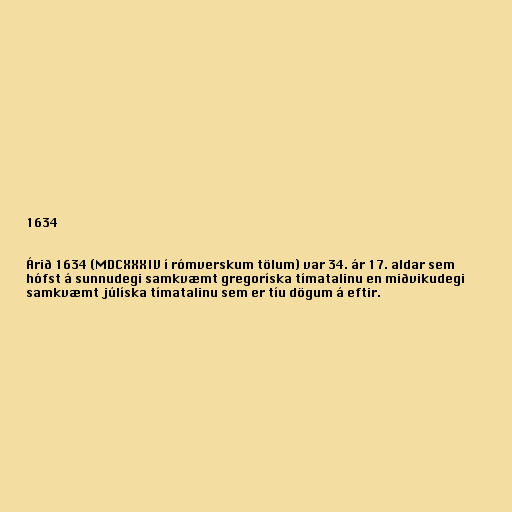
1634

Árið 1634 (MDCXXXIV í rómverskum tölum) var 34. ár 17. aldar sem
hófst á sunnudegi samkvæmt gregoríska tímatalinu en miðvikudegi
samkvæmt júlíska tímatalinu sem er tíu dögum á eftir.